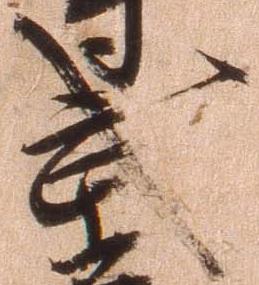
武